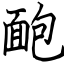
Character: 靤